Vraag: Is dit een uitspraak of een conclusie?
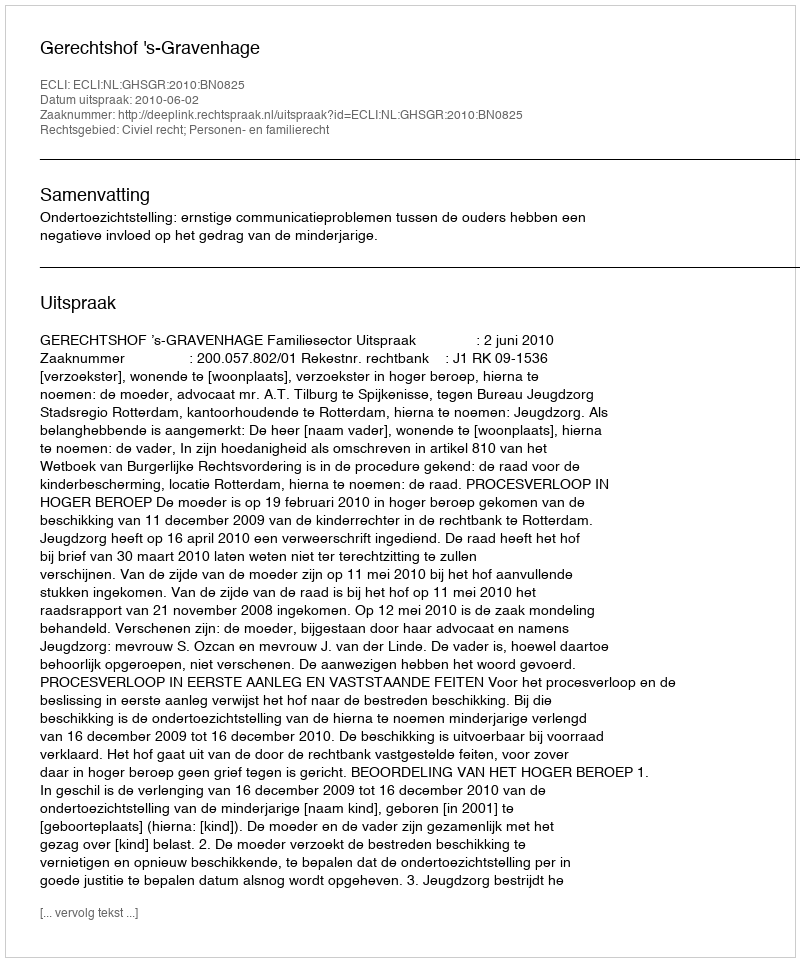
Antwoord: Uitspraak